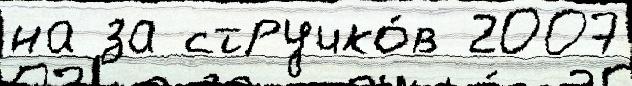
на за стручко́в 2007